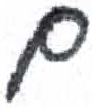
אות: ם